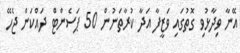
އޭނާ ވިދާޅުވި ގޮތުގައި ވަޒީފާ އަދާ ކުރާތަނުން 50 ޕަސެންޓް ދައްކަން ޖެހޭ